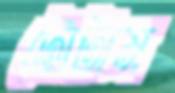
টোটাম